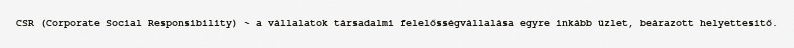
CSR (Corporate Social Responsibility) ~ a vállalatok társadalmi felelősségvállalása egyre inkább üzlet, beárazott helyettesítő.